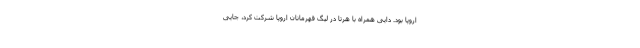
اروپا بود. دایی همراه با هرتا در لیگ قهرمانان اروپا شرکت کرد، جایی